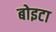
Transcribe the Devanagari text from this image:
बोइटा